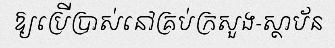
ឱ្យប្រើប្រាស់នៅគ្រប់ក្រសួង-ស្ថាប័ន